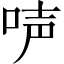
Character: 𠴢